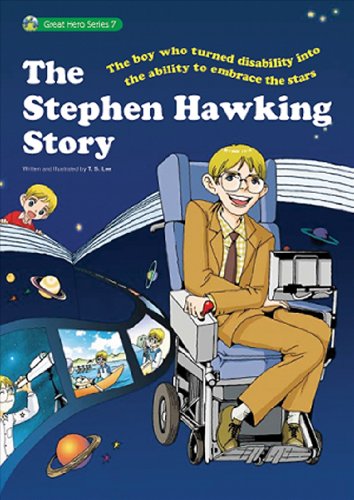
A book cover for The Stephen Hawking Story: The First Stephen Hawking Comic Biography (Great Hero Series); T.S. Lee; Comics & Graphic Novels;